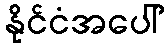
နိုင်ငံအပေါ်